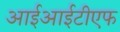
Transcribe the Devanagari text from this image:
आईआईटीएफ